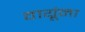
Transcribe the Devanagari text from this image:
वायूंना